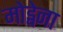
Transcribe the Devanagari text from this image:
मोड्वेना